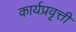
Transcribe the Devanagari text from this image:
कार्यप्रवृत्ती